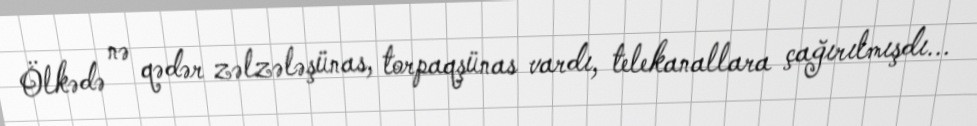
Ölkədə nə qədər zəlzələşünas, torpaqşünas vardı, telekanallara çağırılmışdı...